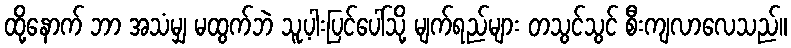
ထို့နောက် ဘာ အသံမျှ မထွက်ဘဲ သူ့ပါးပြင်ပေါ်သို့ မျက်ရည်များ တသွင်သွင် စီးကျလာလေသည်။